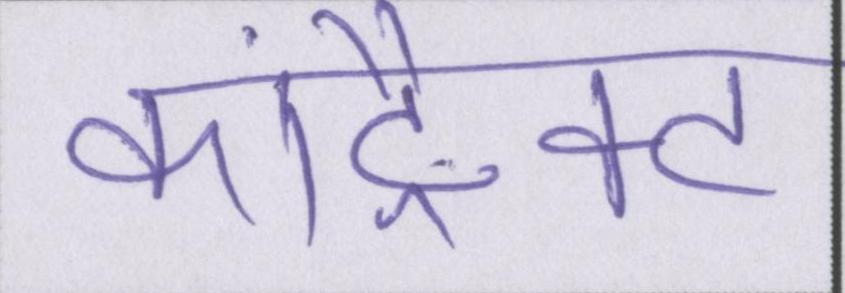
कांट्रैक्ट